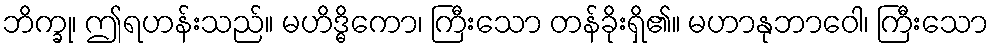
ဘိက္ခု၊ ဤရဟန်းသည်။ မဟိဒ္ဓိကော၊ ကြီးသော တန်ခိုးရှိ၏။ မဟာနုဘာဝေါ၊ ကြီးသော